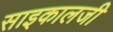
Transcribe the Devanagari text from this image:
साइकालजी